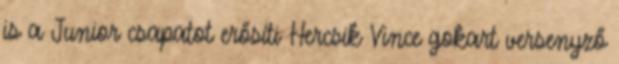
is a Junior csapatot erősíti Hercsik Vince gokart versenyző